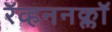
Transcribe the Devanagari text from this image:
रॅव्हननक्लॉ